Indian journal of veterinary science and animal husbandry - Volume 5,
Year: 1935
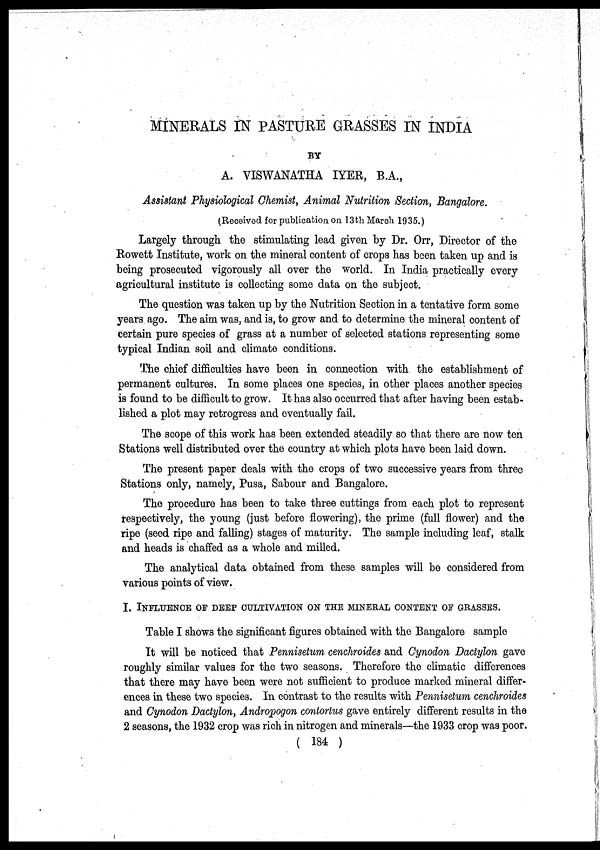
MINERALS IN PASTURE GRASSES IN INDIA
BY
A. VISWANATHA IYER, B.A.,
Assistant Physiological Chemist, Animal Nutrition Section, Bangalore.
(Received for publication on 13th March 1935.)
Largely through the stimulating lead given by Dr. Orr, Director of the
Rowett Institute, work on the mineral content of crops has been taken up and is
being prosecuted vigorously all over the world. In India practically every
agricultural institute is collecting some data on the subject.
The question was taken up by the Nutrition Section in a tentative form some
years ago. The aim was, and is, to grow and to determine the mineral content of
certain pure species of grass at a number of selected stations representing some
typical Indian soil and climate conditions.
The chief difficulties have been in connection with the establishment of
permanent cultures. In some places one species, in other places another species
is found to be difficult to grow. It has also occurred that after having been estab-
lished a plot may retrogress and eventually fail.
The scope of this work has been extended steadily so that there are now ten
Stations well distributed over the country at which plots have been laid down.
The present paper deals with the crops of two successive years from three
Stations only, namely, Pusa, Sabour and Bangalore.
The procedure has been to take three cuttings from each plot to represent
respectively, the young (just before flowering), the prime (full flower) and the
ripe (seed ripe and falling) stages of maturity. The sample including leaf, stalk
and heads is chaffed as a whole and milled.
The analytical data obtained from these samples will be considered from
various points of view.
I. INFLUENCE OF DEEP CULTIVATION ON THE MINERAL CONTENT OF GRASSES.
Table I shows the significant figures obtained with the Bangalore sample
It will be noticed that Pennisetum cenchroides and Cynodon Dactylon gave
roughly similar values for the two seasons. Therefore the climatic differences
that there may have been were not sufficient to produce marked mineral differ-
ences in these two species. In contrast to the results with Pennisetum cenchroides
and Cynodon Dactylon, Andropogon contortus gave entirely different results in the
2 seasons, the 1932 crop was rich in nitrogen and minerals—the 1933 crop was poor.
( 184 )